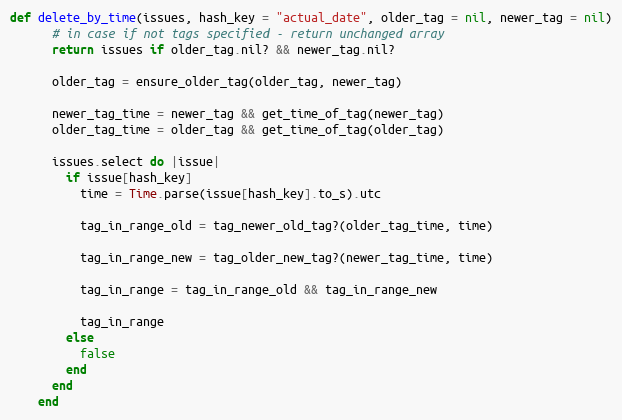
Language: Ruby
def delete_by_time(issues, hash_key = "actual_date", older_tag = nil, newer_tag = nil)
      # in case if not tags specified - return unchanged array
      return issues if older_tag.nil? && newer_tag.nil?

      older_tag = ensure_older_tag(older_tag, newer_tag)

      newer_tag_time = newer_tag && get_time_of_tag(newer_tag)
      older_tag_time = older_tag && get_time_of_tag(older_tag)

      issues.select do |issue|
        if issue[hash_key]
          time = Time.parse(issue[hash_key].to_s).utc

          tag_in_range_old = tag_newer_old_tag?(older_tag_time, time)

          tag_in_range_new = tag_older_new_tag?(newer_tag_time, time)

          tag_in_range = tag_in_range_old && tag_in_range_new

          tag_in_range
        else
          false
        end
      end
    end